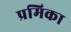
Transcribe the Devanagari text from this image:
प्रमिका